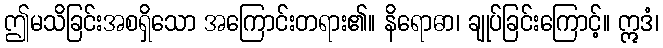
ဤမသိခြင်းအစရှိသော အကြောင်းတရား၏။ နိရောဓာ၊ ချုပ်ခြင်းကြောင့်။ ဣဒံ၊